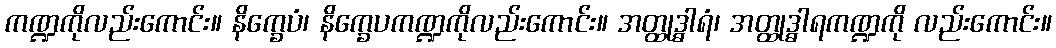
ကဏ္ဍကိုလည်းကောင်း။ နိက္ခေပံ၊ နိက္ခေပကဏ္ဍကိုလည်းကောင်း။ အတ္ထုဒ္ဓါရံ၊ အတ္ထုဒ္ဓါရကဏ္ဍကို လည်းကောင်း။